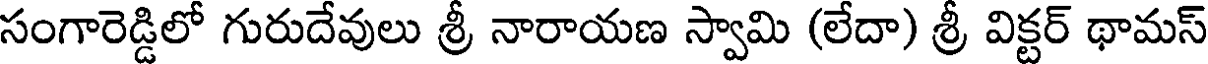
సంగారెడ్డిలో గురుదేవులు శ్రీ నారాయణ స్వామి (లేదా) శ్రీ విక్టర్ థామస్